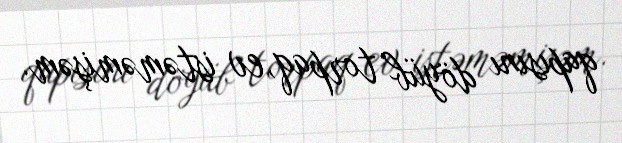
qapısını döyüb torpaq, ev istəməmişəm.